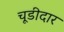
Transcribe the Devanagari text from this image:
चूडीदार